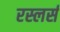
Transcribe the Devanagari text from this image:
रस्लर्स